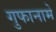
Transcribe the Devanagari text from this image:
गुफानामे